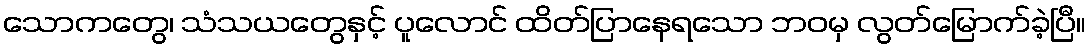
သောကတွေ၊ သံသယတွေနှင့် ပူလောင် ထိတ်ပြာနေရသော ဘဝမှ လွတ်မြောက်ခဲ့ပြီ။